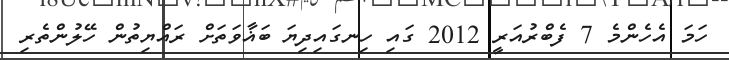
ހަމަ އެހެންމެ 7 ފެބްރުއަރީ 2012 ގައި ހިނގައިދިޔަ ބަޣާވަތަށް ރައްޔިތުން ހޭލުންތެރި